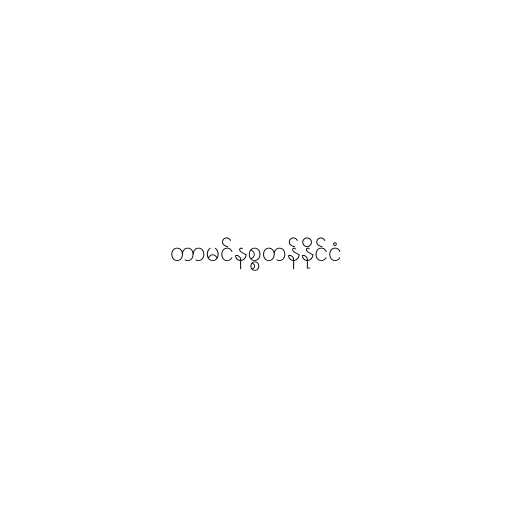
တာမင်နစ္စတန်နိုင်ငံ